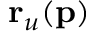
\mathbf { r } _ { u } ( \mathbf { p } )